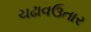
ચઢાવઉતાર